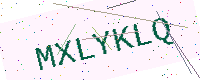
Text: MXLYKLQ